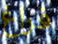
فراغ